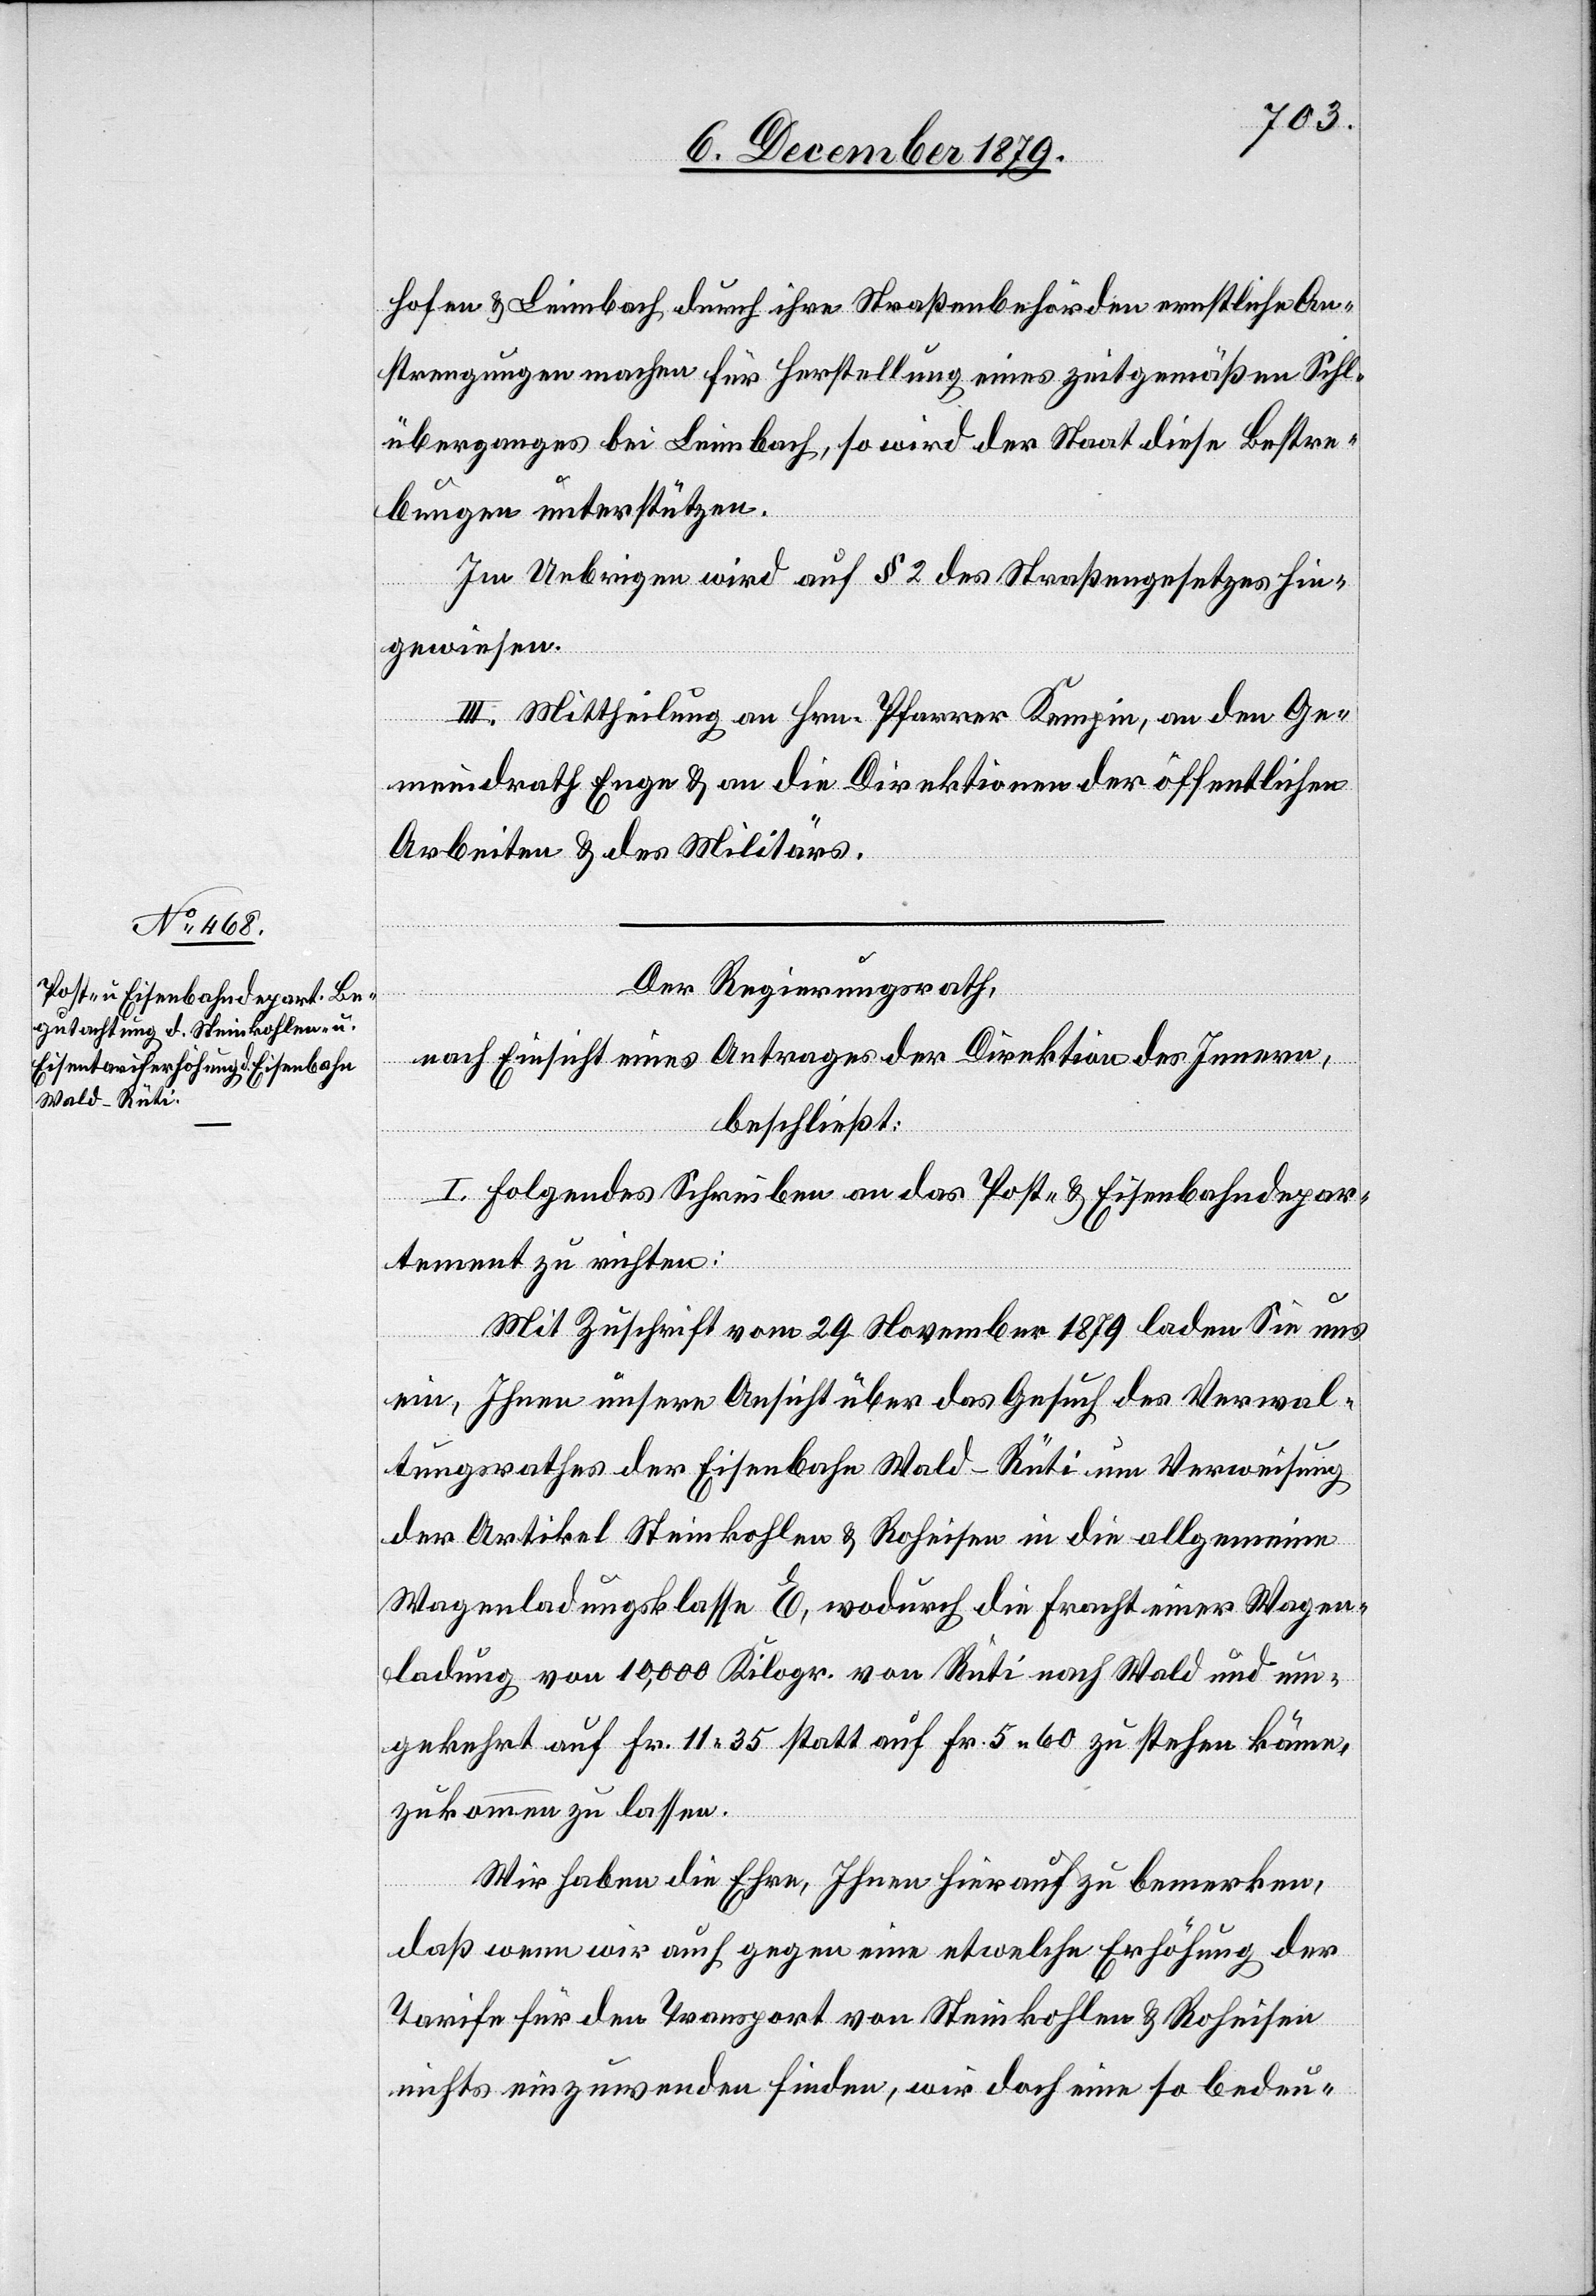
hofen & Leimbach durch ihre Straßenbehörden ernstliche An¬
strengungen machen für Herstellung eines zeitgemäßen Sihl¬
überganges bei Leimbach, so wird der Staat diese Bestre¬
bungen unterstützen.
Im Uebrigen wird auf § 2 des Straßengesetzes hin¬
gewiesen.
III. Mittheilung an Hrn. Pfarrer Kempin, an den Ge¬
meindrath Enge & an die Direktionen der öffentlichen
Arbeiten & des Militärs.
Der Regierungsrath,
nach Einsicht eines Antrages der Direktion des Innern,
beschließt:
I. Folgendes Schreiben an das Post- & Eisenbahndepar¬
tement zu richten:
Mit Zuschrift vom 29. November 1879 laden Sie uns
ein, Ihnen unsere Ansicht über das Gesuch des Verwal¬
tungsrathes der Eisenbahn Wald–Rüti um Verweisung
der Artikel Steinkohle & Roheisen in die allgemeine
Wagenladungsklasse E, wodurch die Fracht einer Wagen¬
ladung von 10,000 Kilogr. von Rüti nach Wald und um¬
gekehrt auf Fr. 11 35 statt auf Fr. 5 60 zu stehen käme,
zukommen zu lassen.
Wir haben die Ehre, Ihnen hierauf zu bemerken,
daß wenn wir auch gegen eine etwelche Erhöhung der
Tarife für den Transport von Steinkohle & Roheisen
nichts einzuwenden finden, wir doch eine so bedeu-